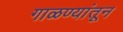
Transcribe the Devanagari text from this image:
गाळण्यांतून